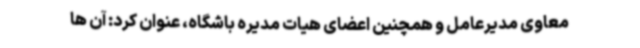
معاوی مدیرعامل و همچنین اعضای هیات مدیره باشگاه، عنوان کرد: آن ها